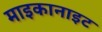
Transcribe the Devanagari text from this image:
माइकानाइट